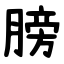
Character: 膀